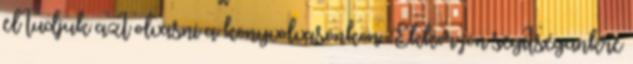
el tudjuk azt olvasni a könyvolvasónkon. Ekkor jön segítségünkre